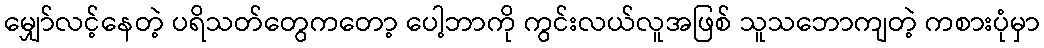
မျှော်လင့်နေတဲ့ ပရိသတ်တွေကတော့ ပေါ့ဘာကို ကွင်းလယ်လူအဖြစ် သူသဘောကျတဲ့ ကစားပုံမှာ